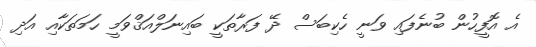
އެ އޮފީހުން ބުނެފައި ވަަނީ ހެކިބަސް ދޭ ފަރާތަކީ ބައިނަލްއަޤްވަމީ ހަމަތަކާއި އަދި